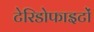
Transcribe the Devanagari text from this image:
टेरिडोफाइटों